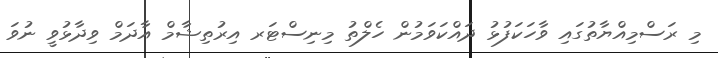
މި ރަސްމިއްޔާތުގައި ވާހަކަފުޅު ދައްކަވަމުން ހެލްތު މިނިސްޓަރ އިރުތިޝާމް އާދަމް ވިދާޅުވީ ނުވަ